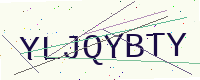
Text: YLJQYBTY